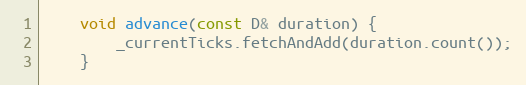
Language: C
    void advance(const D& duration) {
        _currentTicks.fetchAndAdd(duration.count());
    }